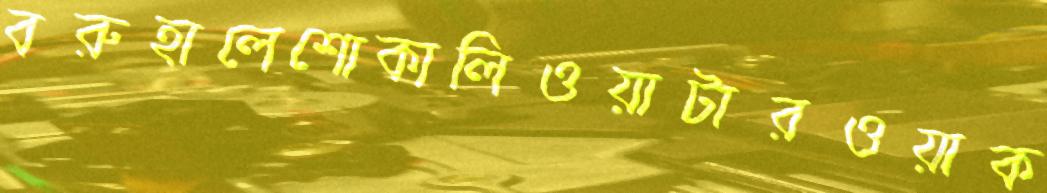
বরুহালেশোকালিওয়াটারওয়াক